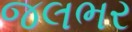
જલભર